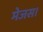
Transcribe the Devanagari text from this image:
मेजस।